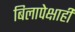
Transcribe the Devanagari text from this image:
बिलापेक्षाही